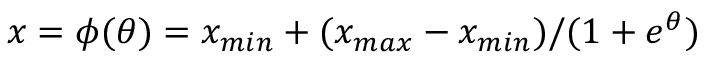
x = \phi ( \theta ) = x _ { m i n } + ( x _ { m a x } - x _ { m i n } ) / ( 1 + e ^ { \theta } )